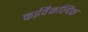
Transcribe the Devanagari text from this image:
कईवैकल्पिक